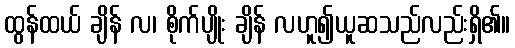
ထွန်ထယ် ချိန် လ၊ စိုက်ပျိုး ချိန် လဟူ၍ယူဆသည်လည်းရှိ၏။